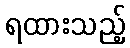
ရထားသည့်